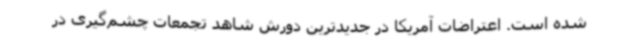
شده است. اعتراضات آمریکا در جدیدترین دورش شاهد تجمعات چشم‌گیری در